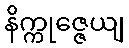
နိက္ကုဇ္ဇေယျ